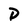
Character: D